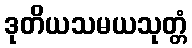
ဒုတိယသမယသုတ္တံ